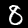
Digit: 8